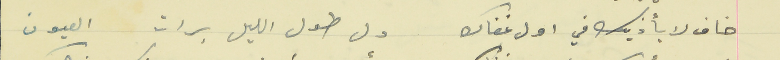
خاف لا يأذيك في اول غفاك                                  دل طول الليل برات العيون